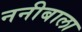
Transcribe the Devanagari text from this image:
ननीबाला